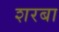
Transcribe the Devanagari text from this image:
शरबा